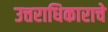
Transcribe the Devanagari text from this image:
उत्तराधिकाराचे